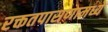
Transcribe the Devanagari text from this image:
रक्ततपासणामध्ये